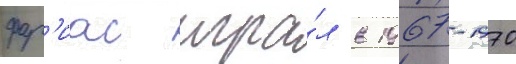
фар'иас игра́л в 1967-1970